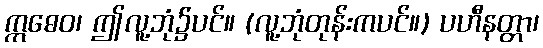
ဣဓေဝ၊ ဤလူ့ဘုံ၌ပင်။ (လူ့ဘုံတုန်းကပင်။) ပဟီနတ္တာ၊